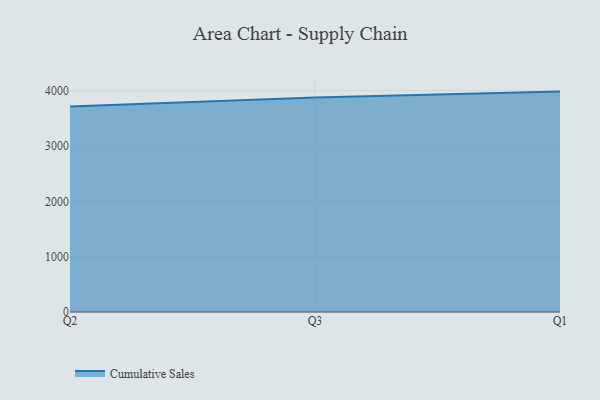
{"axis": {"x": "Quarter", "y": "Churn Rate (%)"}, "legend": ["Cumulative Sales"], "data": [{"x": "Q2", "y": 3717.4, "type": "Cumulative Sales"}, {"x": "Q3", "y": 3878.9, "type": "Cumulative Sales"}, {"x": "Q1", "y": 3985.8, "type": "Cumulative Sales"}]}